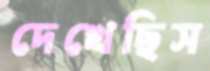
দেখেছিস